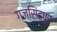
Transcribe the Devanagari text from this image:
गजसिंहपुर